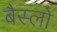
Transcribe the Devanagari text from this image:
बैस्लो